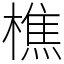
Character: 樵